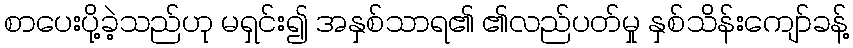
စာပေးပို့ခဲ့သည်ဟု မရှင်း၍ အနှစ်သာရ၏ ၏လည်ပတ်မှု နှစ်သိန်းကျော်ခန့်